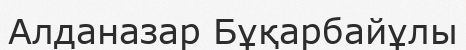
Алданазар Бұқарбайұлы